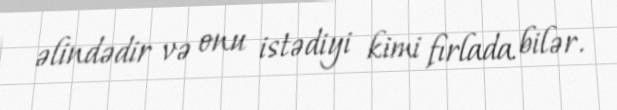
əlindədir və onu istədiyi kimi fırlada bilər.